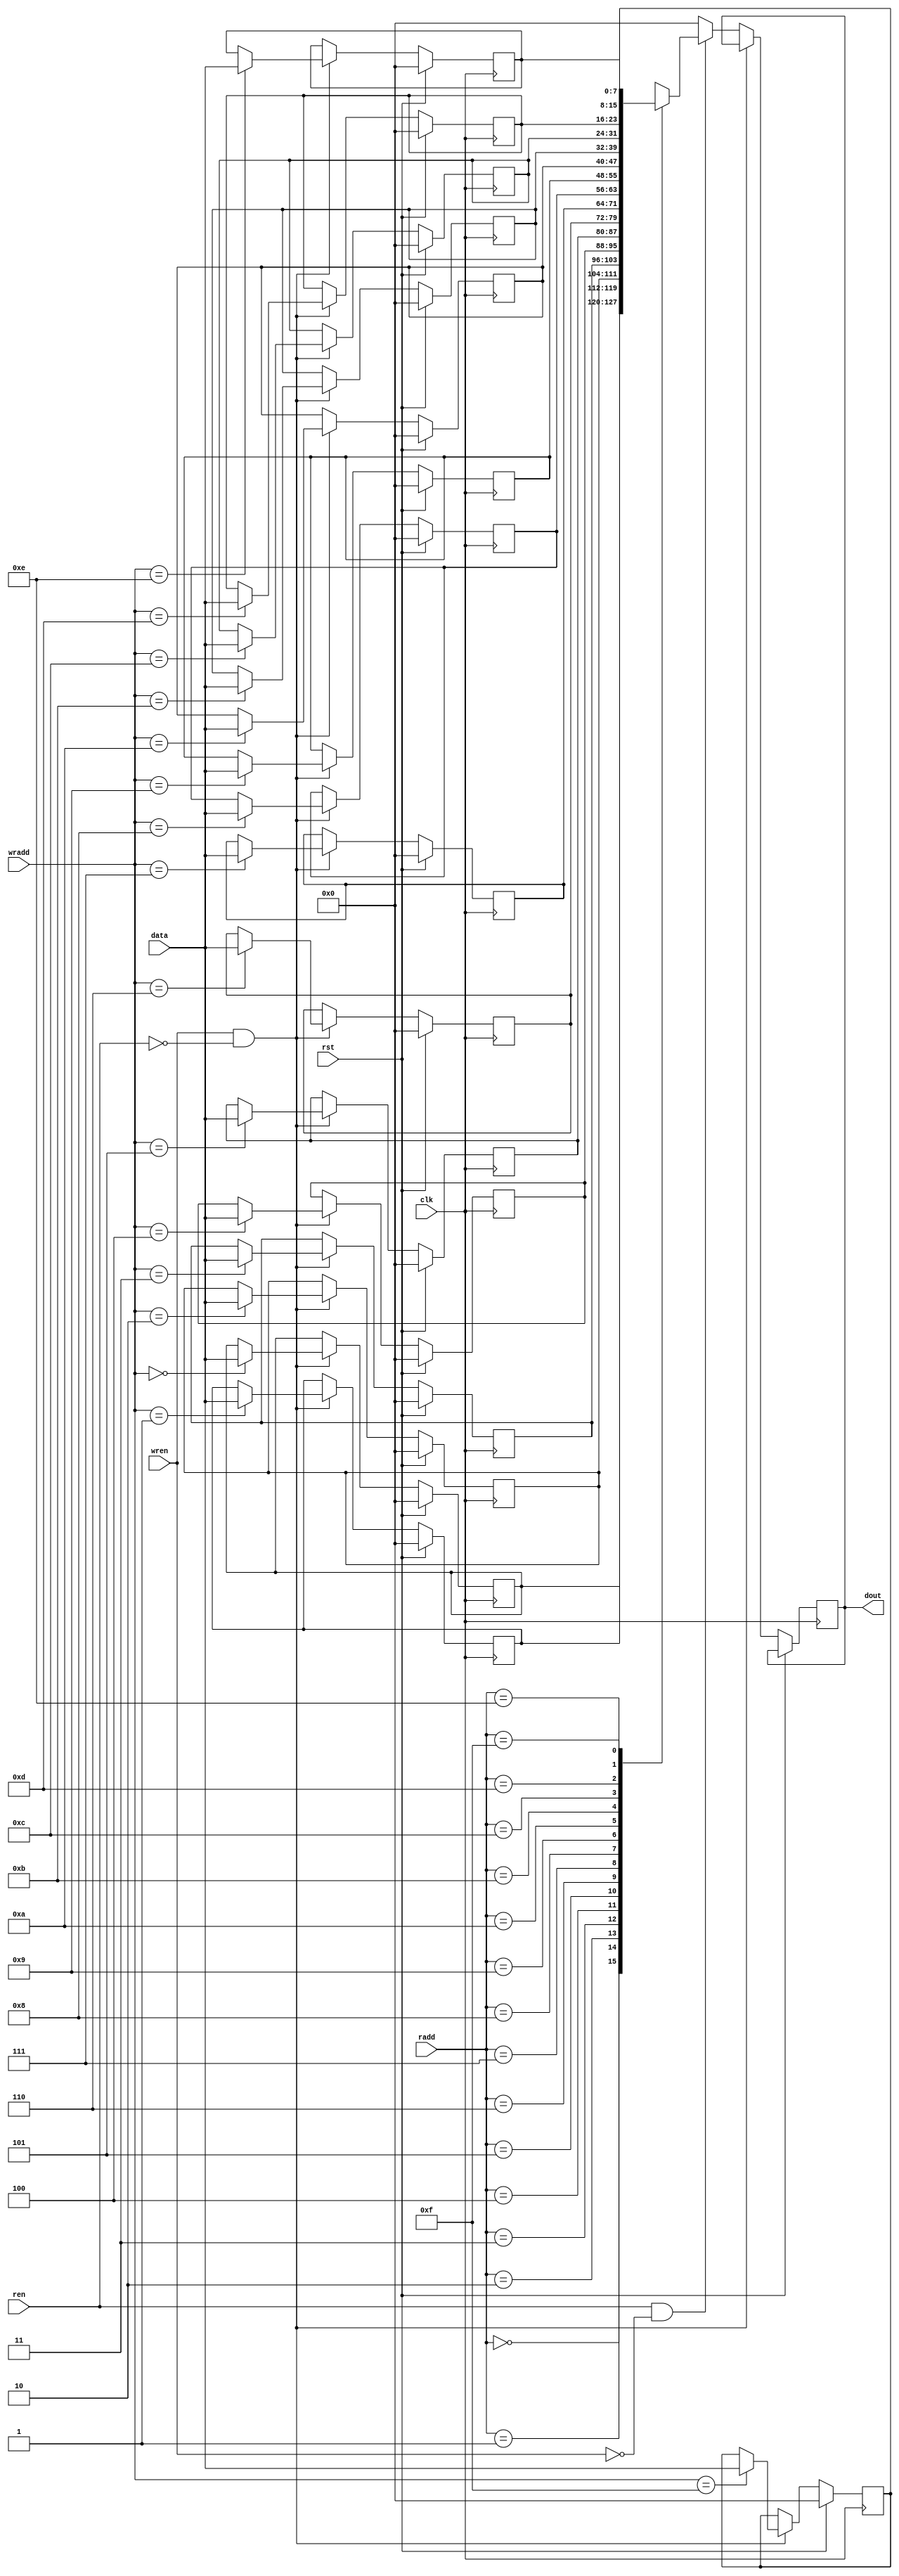
module ramdual(clk,rst,wren,ren,wradd,radd,data,dout);
input clk,rst,wren,ren;
parameter width=8;
parameter depth=16;
parameter addr=4;

input [addr-1:0]wradd,radd;
input [width-1:0]data;
output reg [width-1:0]dout;

reg [width-1:0] mem [0:depth-1];

integer i;

always @(posedge clk)
begin
if(rst)
begin
for(i=0;i<depth;i=i+1)
begin
mem[i]=0;
end
end
else if(wren==1&&ren==0)
begin
mem[wradd]<=data;
end
else if(ren==1&&wren==0)
begin
dout<=mem[radd];
end
else
dout<=8'b0;
end

endmodule